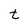
Character: t